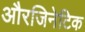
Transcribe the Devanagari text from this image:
औरजिनेटिक